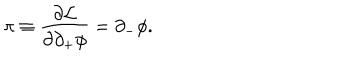
\pi \equiv { \frac { \partial { \cal L } } { \partial \partial _ { + } \phi } } = \partial _ { - } \phi .